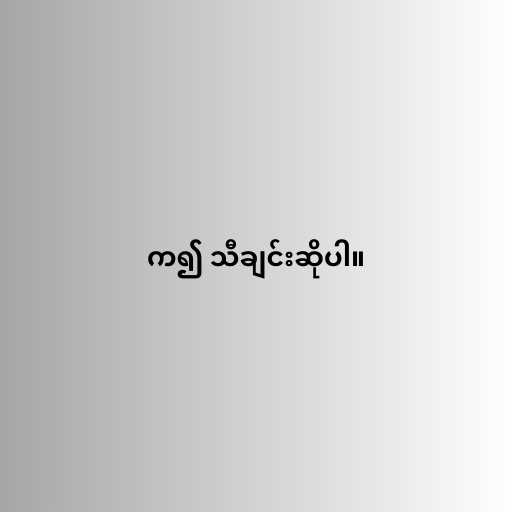
က၍ သီချင်းဆိုပါ။